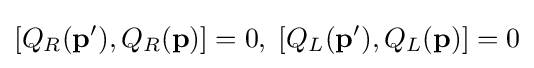
\left[Q_{R}(\mathbf {p} ^{\prime }),Q_{R}(\mathbf {p} )\right]=0,\;\left[Q_{L}(\mathbf {p} ^{\prime }),Q_{L}(\mathbf {p} )\right]=0